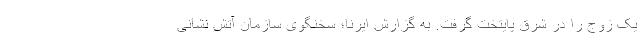
یک زوج را در شرق پایتخت گرفت. به گزارش ایرنا؛ سخنگوی سازمان آتش نشانی